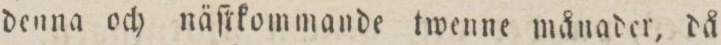
denna och näſtkommande twenne månader, då